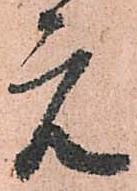
元